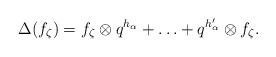
LaTeX: \begin{align*}\Delta(f_\zeta) = f_\zeta \otimes q^{h_{\alpha}} + \ldots + q^{h_{\alpha}^\prime} \otimes f_\zeta.\end{align*}